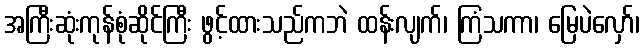
အကြီးဆုံးကုန်စုံဆိုင်ကြီး ဖွင့်ထားသည်ကဘဲ ထန်းလျက်၊ ကြံသကာ၊ မြေပဲလှော်၊